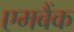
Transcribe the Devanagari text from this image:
एमबैंक